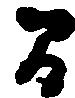
間